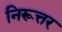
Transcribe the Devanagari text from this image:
निरूत्तर